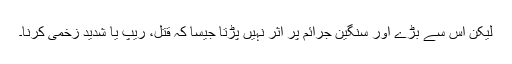
لیکن اس سے بڑے اور سنگین جرائم پر اثر نہیں پڑتا جیسا کہ قتل، ریپ یا شدید زخمی کرنا۔